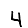
Digit: 4